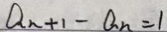
a _ { n + 1 } - a _ { n } = 1